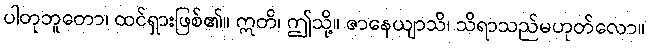
ပါတုဘူတော၊ ထင်ရှားဖြစ်၏။ ဣတိ၊ ဤသို့။ ဇာနေယျာသိ၊ သိရာသည်မဟုတ်လော။